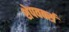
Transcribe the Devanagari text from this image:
शेपवर्क्स